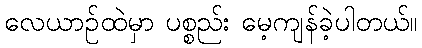
လေယာဉ်ထဲမှာ ပစ္စည်း မေ့ကျန်ခဲ့ပါတယ်။